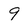
Character: 9